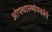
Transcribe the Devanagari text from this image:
ओफ्थाल्मोस्कोपे